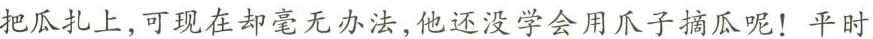
把瓜扎上，可现在却毫无办法，他还没学会用爪子摘瓜呢！平时